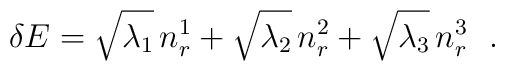
\delta E = \sqrt{\lambda_1} \, n_r^1 + \sqrt{\lambda_2} \, n_r^2 + \sqrt{\lambda_3 }\, n_r^3 ~~.